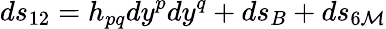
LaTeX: ds_{12}=h_{pq}dy^{p}dy^{q}+ds_{B}+ds_{6{\cal M}}